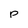
Character: p